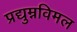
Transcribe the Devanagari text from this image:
प्रद्युम्नविमल